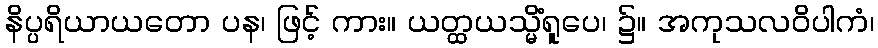
နိပ္ပရိယာယတော ပန၊ ဖြင့် ကား။ ယတ္ထယသ္မိံရူပေ၊ ၌။ အကုသလဝိပါကံ၊